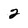
Character: 2